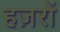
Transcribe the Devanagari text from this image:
हज़रों